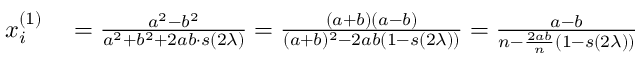
\begin{array} { r l } { x _ { i } ^ { ( 1 ) } } & { { } = \frac { a ^ { 2 } - b ^ { 2 } } { a ^ { 2 } + b ^ { 2 } + 2 a b \cdot { s ( 2 \lambda ) } } = \frac { ( a + b ) ( a - b ) } { ( a + b ) ^ { 2 } - 2 a b ( 1 - { s ( 2 \lambda ) } ) } = \frac { a - b } { n - \frac { 2 a b } { n } ( 1 - { s ( 2 \lambda ) } ) } } \end{array}